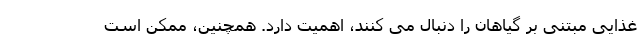
غذایی مبتنی بر گیاهان را دنبال می کنند، اهمیت دارد. همچنین، ممکن است